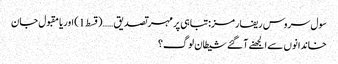
سول سروس ریفارمز:تباہی پر مہر تصدیق ……(قسط 1) اوریا مقبول جان
خاندانوں سے الجھنے آ گئے شیطان لوگ؟